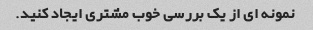
نمونه ای از یک بررسی خوب مشتری ایجاد کنید.